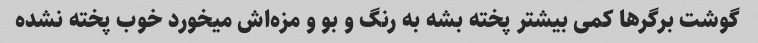
گوشت برگرها کمی بیشتر پخته بشه به رنگ و بو و مزه‌اش میخورد خوب پخته نشده